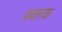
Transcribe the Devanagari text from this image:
प्रवारक